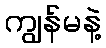
ကျွန်မနဲ့